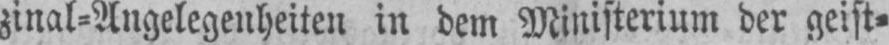
zinal⸗Angelegenheiten in dem Ministerium der geist⸗